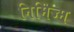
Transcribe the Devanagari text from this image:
निमिज्म